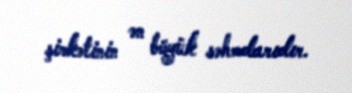
şirkətinin ən böyük səhmdarıdır.